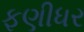
ફણીધર